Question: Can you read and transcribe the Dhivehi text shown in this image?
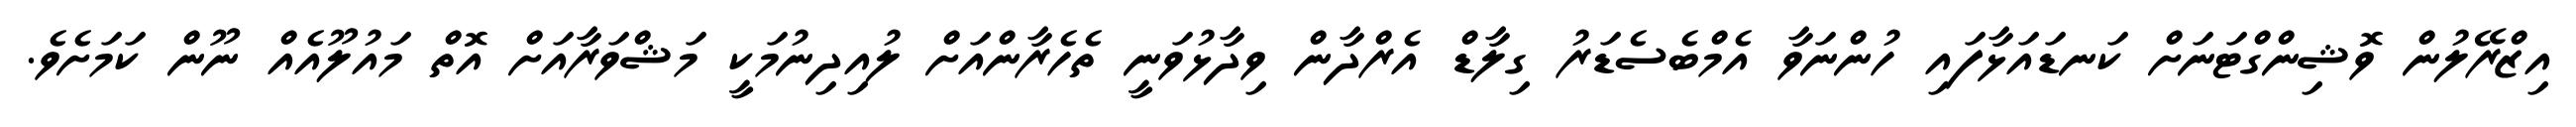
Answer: އިޒްރޭލުން ވޮޝިންގްޓަނަށް ކަނޑައަޅާފައި ހުންނަވާ އެމްބެސެޑަރު ގިލާޑް އެރްދާން ވިދާޅުވަނީ ތެހެރާންއަށް ލުއިދިނުމަކީ މަޝްވަރާއަށް އޮތް މައުލޫއެއް ނޫން ކަމަށެވެ.